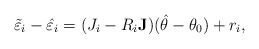
\begin{align*}\tilde{\varepsilon}_i-\hat{\varepsilon}_i=(J_i-R_i\mathbf{J}) (\hat{\theta}-\theta_0)+r_i,\end{align*}